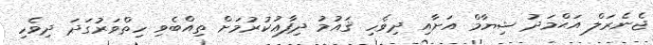
ޖެނެރަލް އަޙްމަދު ޝިޔާމް އަށާއި ދިވެހި ޤައުމު ދިފާޢުކުރުމަށް ތިއްބެވި ހިތްވަރުގަދަ ދިވެހި